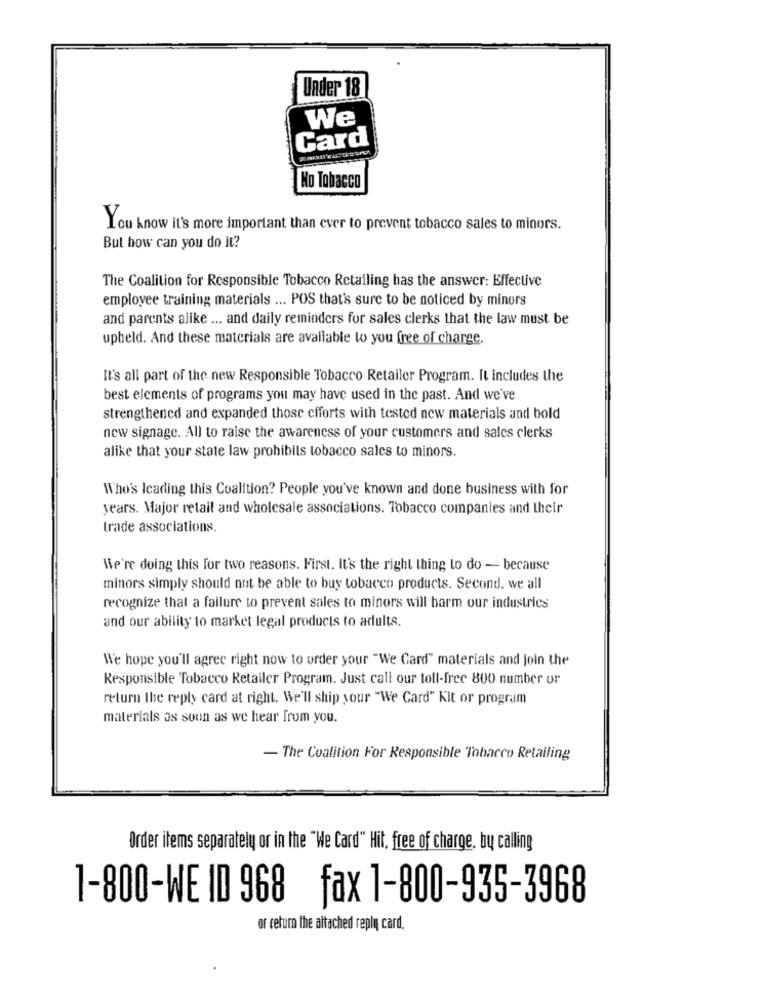
Under 18
We
Card
No Tobacco
You know it's more important than ever to prevent tobacco sales to minors.
But how can you do it?
The Coalition for Responsible Tobacco Retailing has the answer: Effective
employee training materials ... POS that's sure to be noticed by minors
and parents alike ... and daily reminders for sales clerks that the law must be
upheld. And these materials are available to you free of charge.
It's all part of the new Responsible Tobacco Retailer Program. It includes the
best elements of programs you may have used in the past. And we've
strengthened and expanded those efforts with tested new materials and bold
new signage. All to raise the awareness of your customers and sales clerks
alike that your state law prohibils tobacco salcs to minors.
Who's Icading this Coalition? People you've known and done business with for
years. Major retail and wholesale associations. Tobacco companies and their
trade associations.
We're doing this for two reasons. First. It's the right thing to do - because
minors simply should not be able to buy tobacco products. Second. we all
recognize that a failure to prevent sales to minors will barm our industries
and our ability to market legal products to adults.
We hope you'll agree right now to order your "We Card" materials and join the
Responsible Tobacco Retailer Program. Just call our toll-free 800 number or
return the reply card at right. We'll ship your "We Card" Kit or program
materials as soon as we hear from you.
- The Coalition For Responsible Tobacco Retailing
Order items separately or in the "We Card" Hit, free of charge, by calling
1-800-WE ID 968 fax 1-800-935-3968
of return the altached reply card.